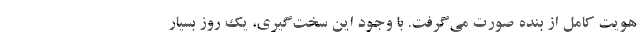
هویت کامل از بنده صورت می‌گرفت. با وجود این سخت‌گیری، یک روز بسیار